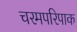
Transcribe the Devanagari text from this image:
चरमपरिपाक